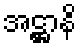
အဋ္ဌာနိ